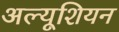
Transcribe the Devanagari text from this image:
अल्यूशियन